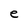
Character: e